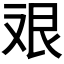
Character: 𱽇